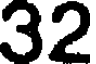
32